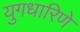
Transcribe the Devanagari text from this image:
युगधारिणे